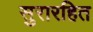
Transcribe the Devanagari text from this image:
सुरारहित